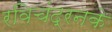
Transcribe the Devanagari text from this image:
रविचंद्रनके